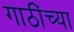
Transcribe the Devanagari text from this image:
गाठींच्या